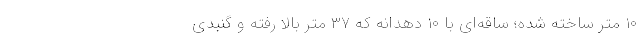
۱۰ متر ساخته شده؛ ساقه‌ای با ۱۰ دهدانه که ۳۷ متر بالا رفته و گنبدی